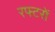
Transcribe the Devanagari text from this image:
रफ्टरों